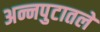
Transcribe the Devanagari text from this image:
अन्नपुटातले